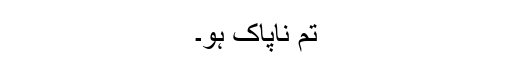
تم ناپاک ہو۔